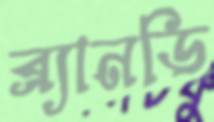
ব্র্যানডি